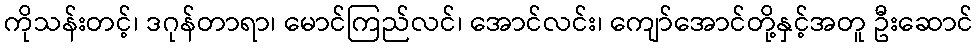
ကိုသန်းတင့်၊ ဒဂုန်တာရာ၊ မောင်ကြည်လင်၊ အောင်လင်း၊ ကျော်အောင်တို့နှင့်အတူ ဦးဆောင်